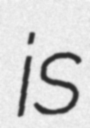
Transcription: is